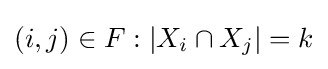
(i,j)\in F:|X_{i}\cap X_{j}|=k